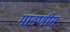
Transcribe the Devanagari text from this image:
मांडणीस